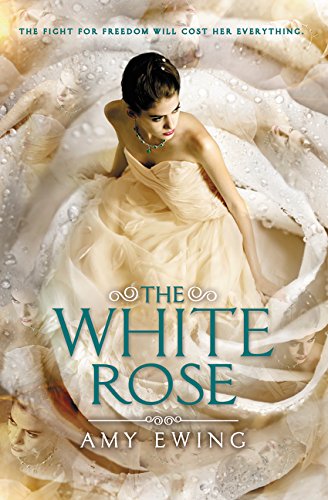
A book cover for The White Rose (Jewel); Amy Ewing; Teen & Young Adult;